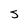
Character: S